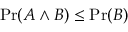
\operatorname* { P r } ( A \land B ) \leq \operatorname* { P r } ( B )